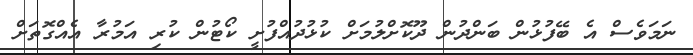
ނަމަވެސް އެ ބޭފުޅުން ބަންދުން ދޫކޮށްލުމަށް ކުޅުދުއްފުށީ ކޯޓުން ކުރި އަމުރާ އެއްގޮތަށް